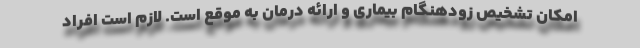
امکان تشخیص زودهنگام بیماری و ارائه درمان به موقع است. لازم است افراد